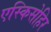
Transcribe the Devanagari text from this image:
एस्किसेहिर